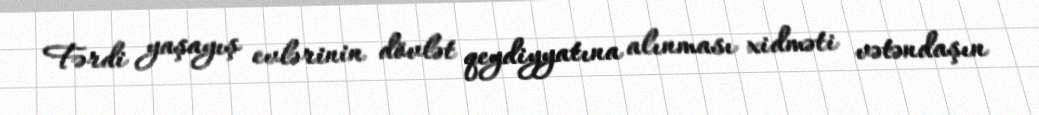
Fərdi yaşayış evlərinin dövlət qeydiyyatına alınması xidməti vətəndaşın